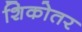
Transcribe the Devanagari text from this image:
शिकोतर